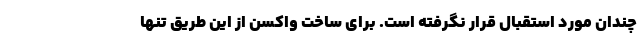
چندان مورد استقبال قرار نگرفته است. برای ساخت واکسن از این طریق تنها